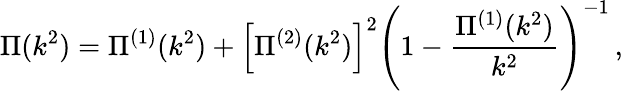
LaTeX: \Pi(k^{2})=\Pi^{(1)}(k^{2})+\left[\Pi^{(2)}(k^{2})\right]^{2}\left(1-\frac{\Pi^{(1)}(k^{2})}{k^{2}}\right)^{-1}\, ,